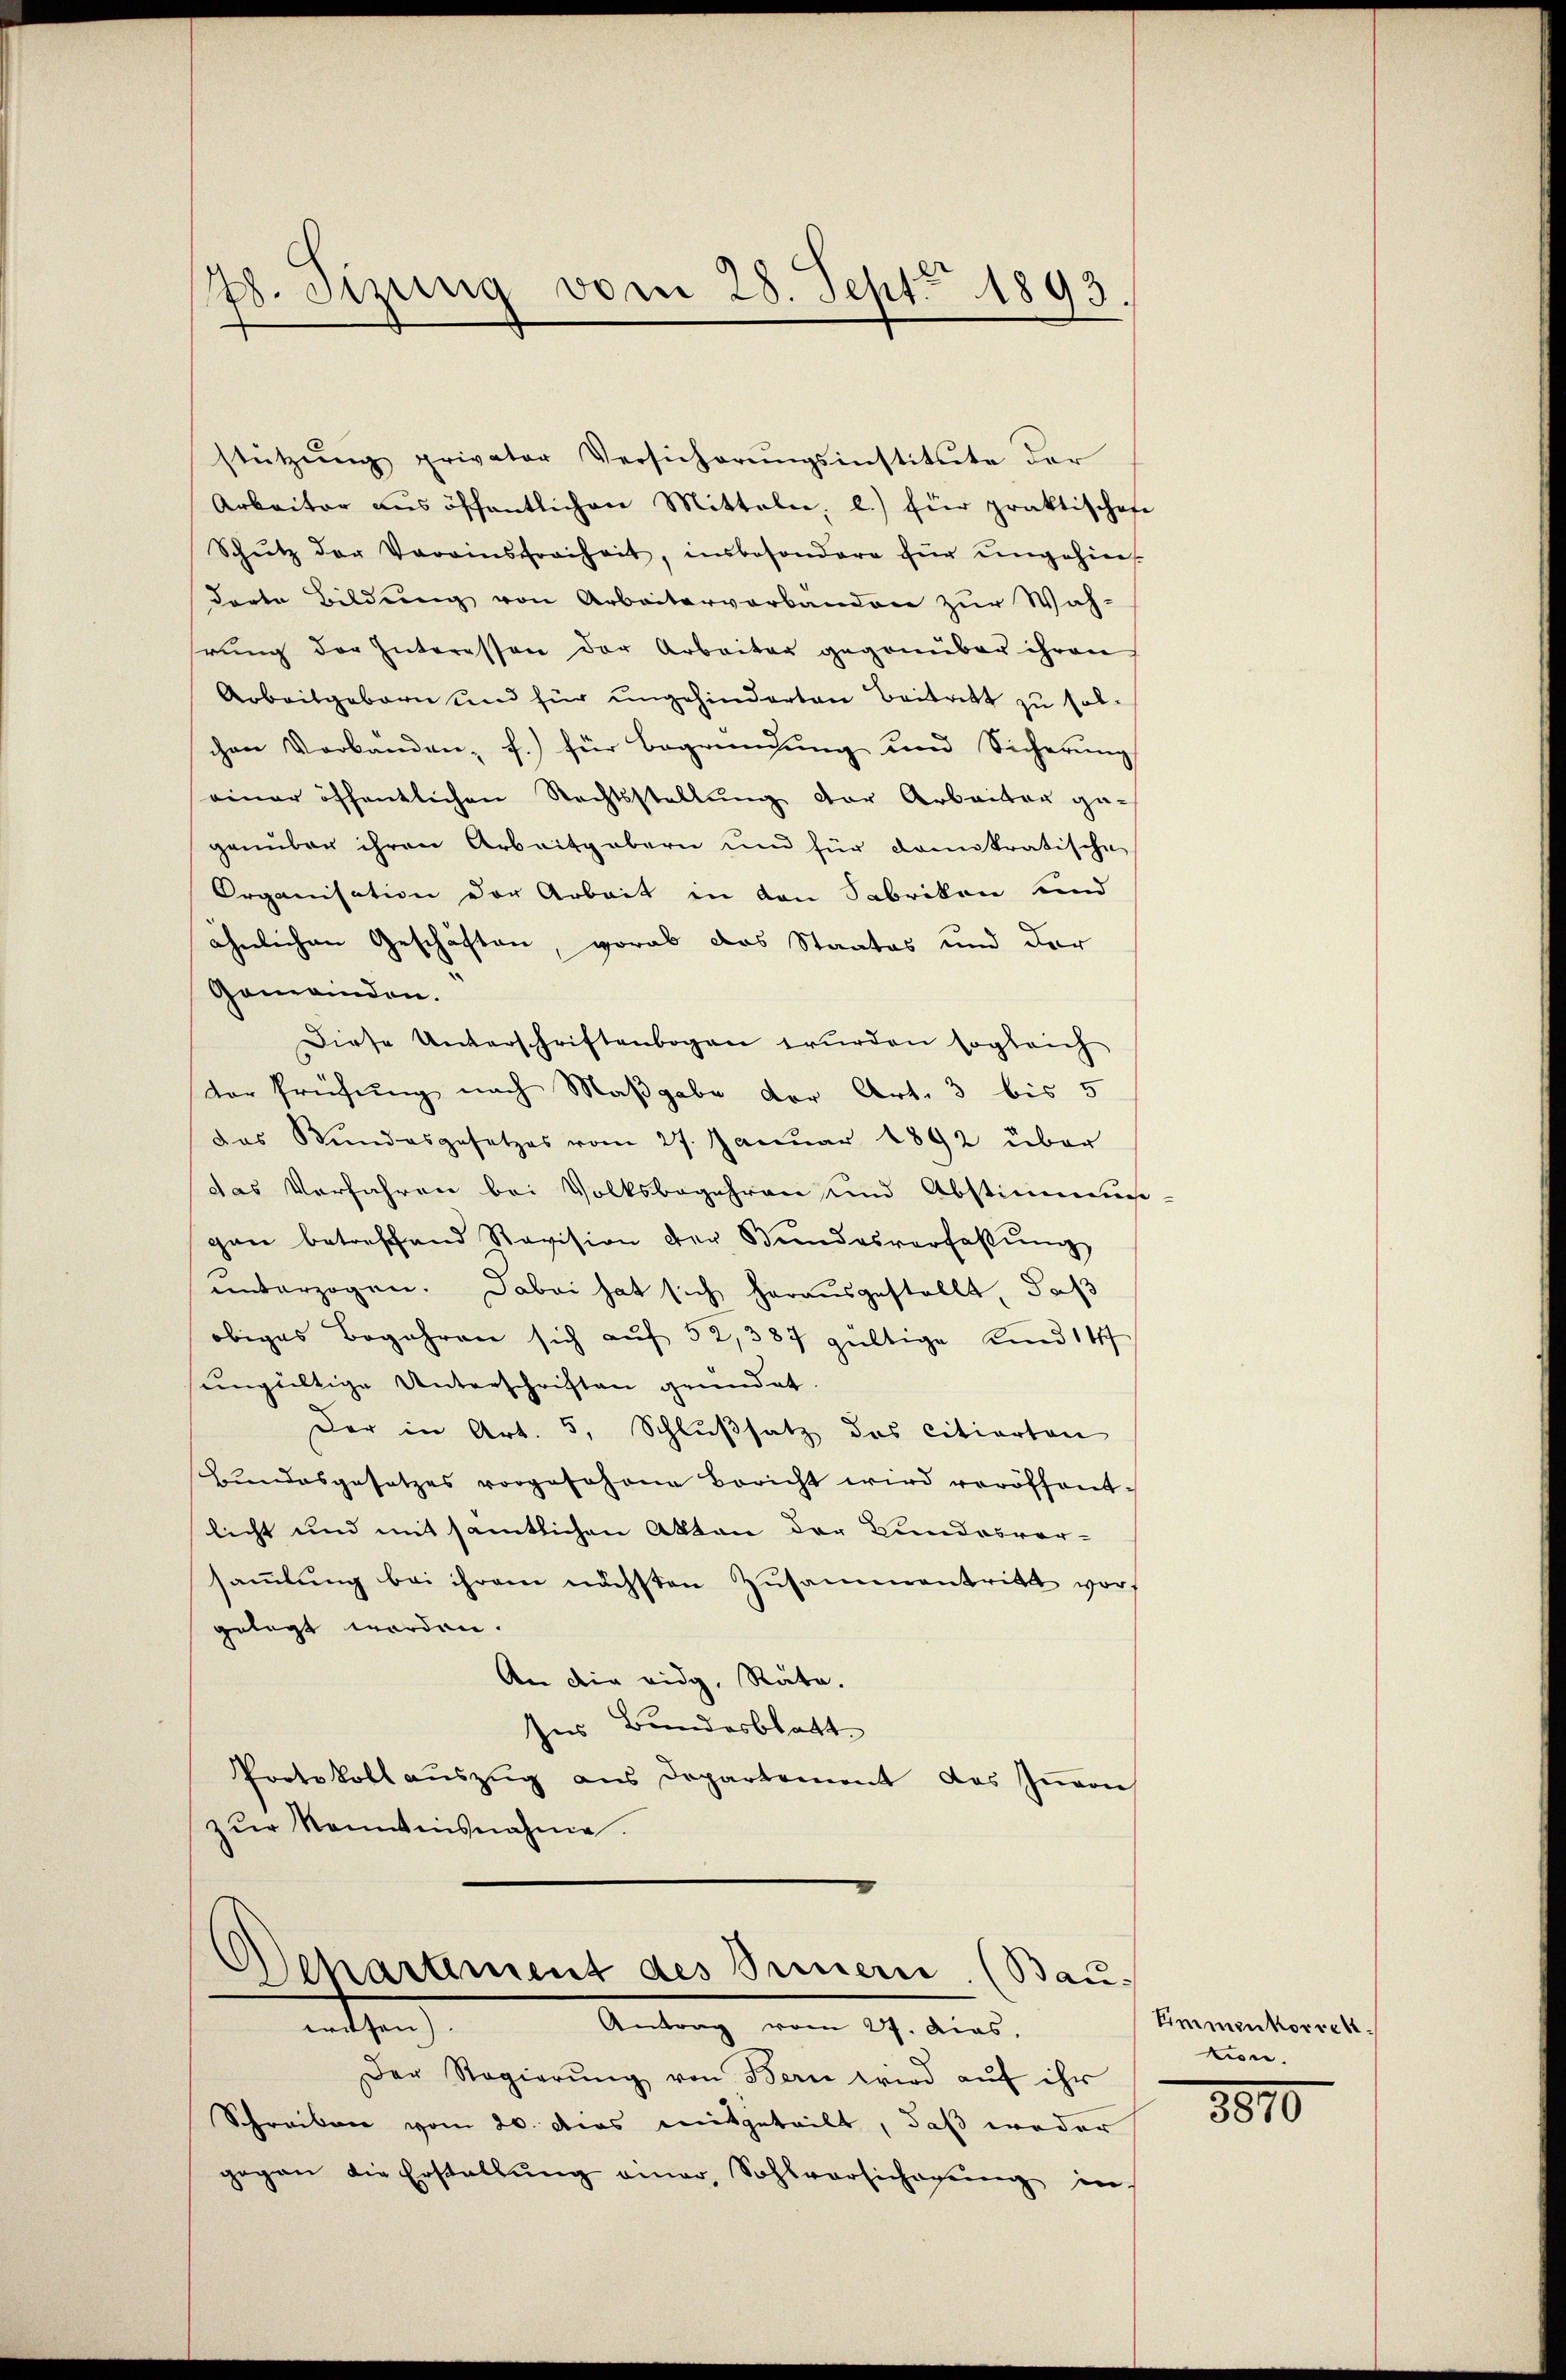
7. Sizung vom 28. Sept 1893.

stützŭng privater Versicherungsinstitute der
Arbeiter aŭs öffentlichen Mitteln, b.) für praktisches
Schŭtz der Varainsfreiheit, insbesondere für ungehine-
dorte Bildung von Arbeiterverbanden zur Wah-
hrŭng der Interessen der Arbeiter gegenüber ihren
Arbeitgeborn und für ungehinderten Beitritt zu solchen Verbanden f.) für Begründung und Sicherŭng
einer öffentlichen Rechtsstellung der Arbeiter ge-
genüber ihren Arbeitgabern und für Domkratische
Organisation der Arbeit in den Sabrikon und
ähnlichen Geschäften, vorab das Staates und der
Gemeinden.
Diese Unterschriftenbogen würden sogleich
der Prüfung nach Maßgabe der Art. 3 bis 5
das Bundesgesetzes vom 27. Janŭar 1892 über
das Verfahren bei Volksbegehren und Abstimmun-
gan betreffend Revision der Bundesverfaβŭng
unterzogen. Dabei hat sich herausgestellt, daß
obiges Begehren sich aŭf 52, 387 gültige Kind 14
ungültige Unterschriften gründet.
Der in Art. 5, Schlußsatz das citierten
Bundesgesetzes vorgesehene Bericht wird veröffentlicht und mit sämtlichen Akten der Bundesver-
sammlung bei ihrem nächsten Zusammentritt vorgelegt worden.
An die eidg. Räte.
Ins Bundesblatt
Protokoll aŭszŭg ans Departement des Iṅe
zŭr Kenntnisnahme.

Schreiben vom 20. dies mitgeteilt, daß weder
gegen die Erstallŭng einer, Sohlvorsicherŭng in

Departement des Innern. (Bau-
witten).
Antrag vom 27. Das
Der Regierŭng von Bern wird aŭf ihr

Eimmenkorrek
tion.

1810